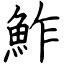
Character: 鮓